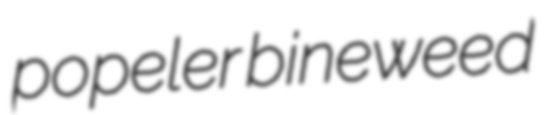
popeler bineweed